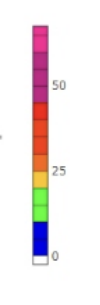
Blue: 0 to 10
Green: 10 to 20
Yellow: 20 to 25
Orange: 25 to 30
Dark Orange: 30 to 35
Red: 35 to 45
Magenta: 45 to 60
Pink: 60 to 68